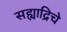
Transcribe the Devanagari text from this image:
सह्याद्रिचे